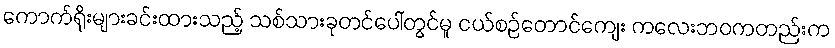
ကောက်ရိုးများခင်းထားသည့် သစ်သားခုတင်ပေါ်တွင်မူ ငယ်စဉ်တောင်ကျေး ကလေးဘဝကတည်းက